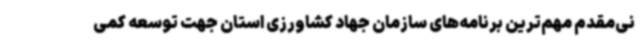
نی‌مقدم مهم‌ترین برنامه‌های سازمان جهاد کشاورزی استان جهت توسعه کمی